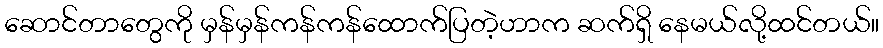
ဆောင်တာတွေကို မှန်မှန်ကန်ကန်ထောက်ပြတဲ့ဟာက ဆက်ရှိ နေမယ်လို့ထင်တယ်။